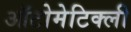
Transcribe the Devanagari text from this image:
ऑटोमेटिक्ली